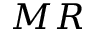
M R